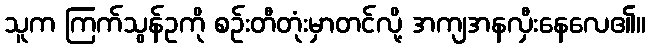
သူက ကြက်သွန်ဥကို စဉ်းတီတုံးမှာတင်လို့ အကျအနလှီးနေလေ၏။